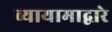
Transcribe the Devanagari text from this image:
व्यायामाद्वारे